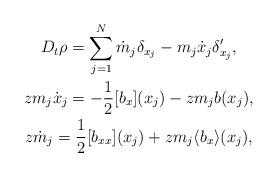
LaTeX: \begin{align*} \begin{gathered} D_t \rho=\sum_{j=1}^N \dot m_j \delta_{x_j} - m_j \dot x_j \delta_{x_j}', \\zm_j\dot x_j=-\frac12 [b_x](x_j)-zm_j b(x_j),\\z\dot m_j=\frac12 [b_{xx}](x_j)+zm_j\langle b_x \rangle (x_j), \end{gathered}\end{align*}